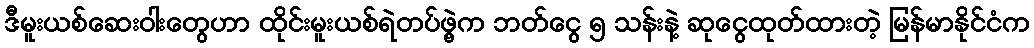
ဒီမူးယစ်ဆေးဝါးတွေဟာ ထိုင်းမူးယစ်ရဲတပ်ဖွဲ့က ဘတ်ငွေ ၅ သန်းနဲ့ ဆုငွေထုတ်ထားတဲ့ မြန်မာနိုင်ငံက